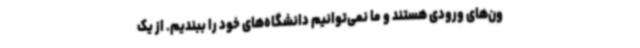
ون‌های ورودی هستند و ما نمی‌توانیم دانشگاه‌های خود را ببندیم. از یک